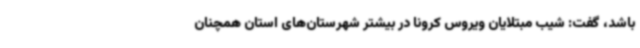
باشد، گفت: شیب مبتلایان ویروس کرونا در بیشتر شهرستان‌های استان همچنان